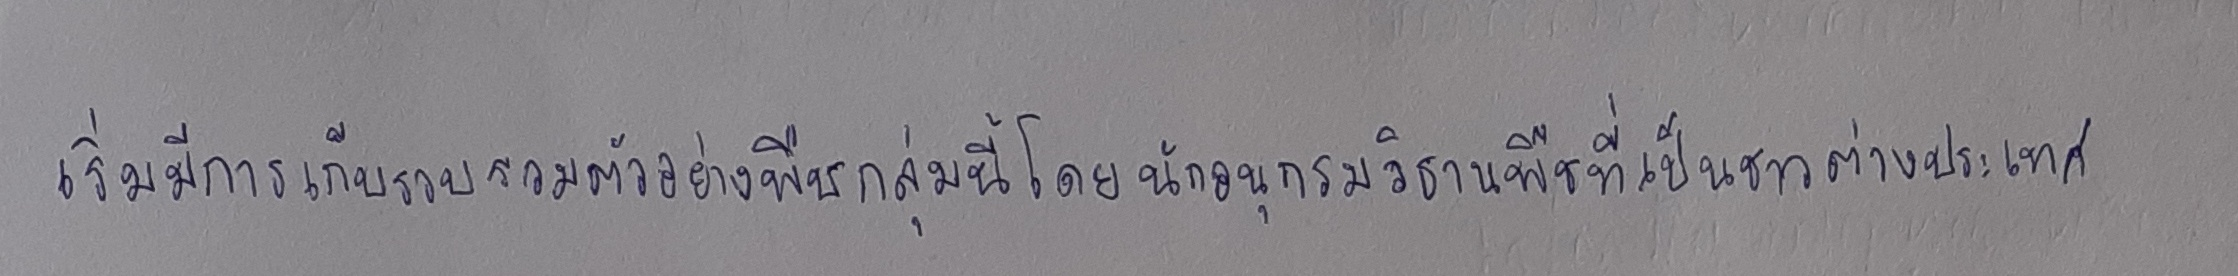
เริ่มมีการเก็บรวบรวมตัวอย่างพืชกลุ่มนี้โดยนักอนุกรมวิธานพืชที่เป็นชาวต่างประเทศ